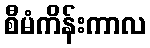
စီမံကိန်းကာလ